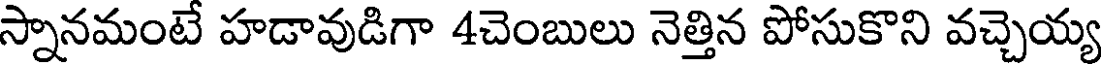
స్నానమంటే హడావుడిగా 4చెంబులు నెత్తిన పోసుకొని వచ్చెయ్య